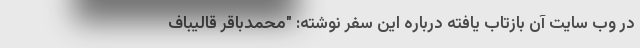
در وب سایت آن بازتاب یافته درباره این سفر نوشته: "محمدباقر قالیباف